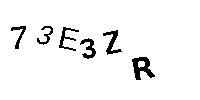
73E3ZR